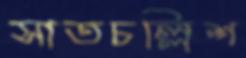
সাতচল্লিশ